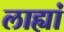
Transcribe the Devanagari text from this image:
लाह्यां